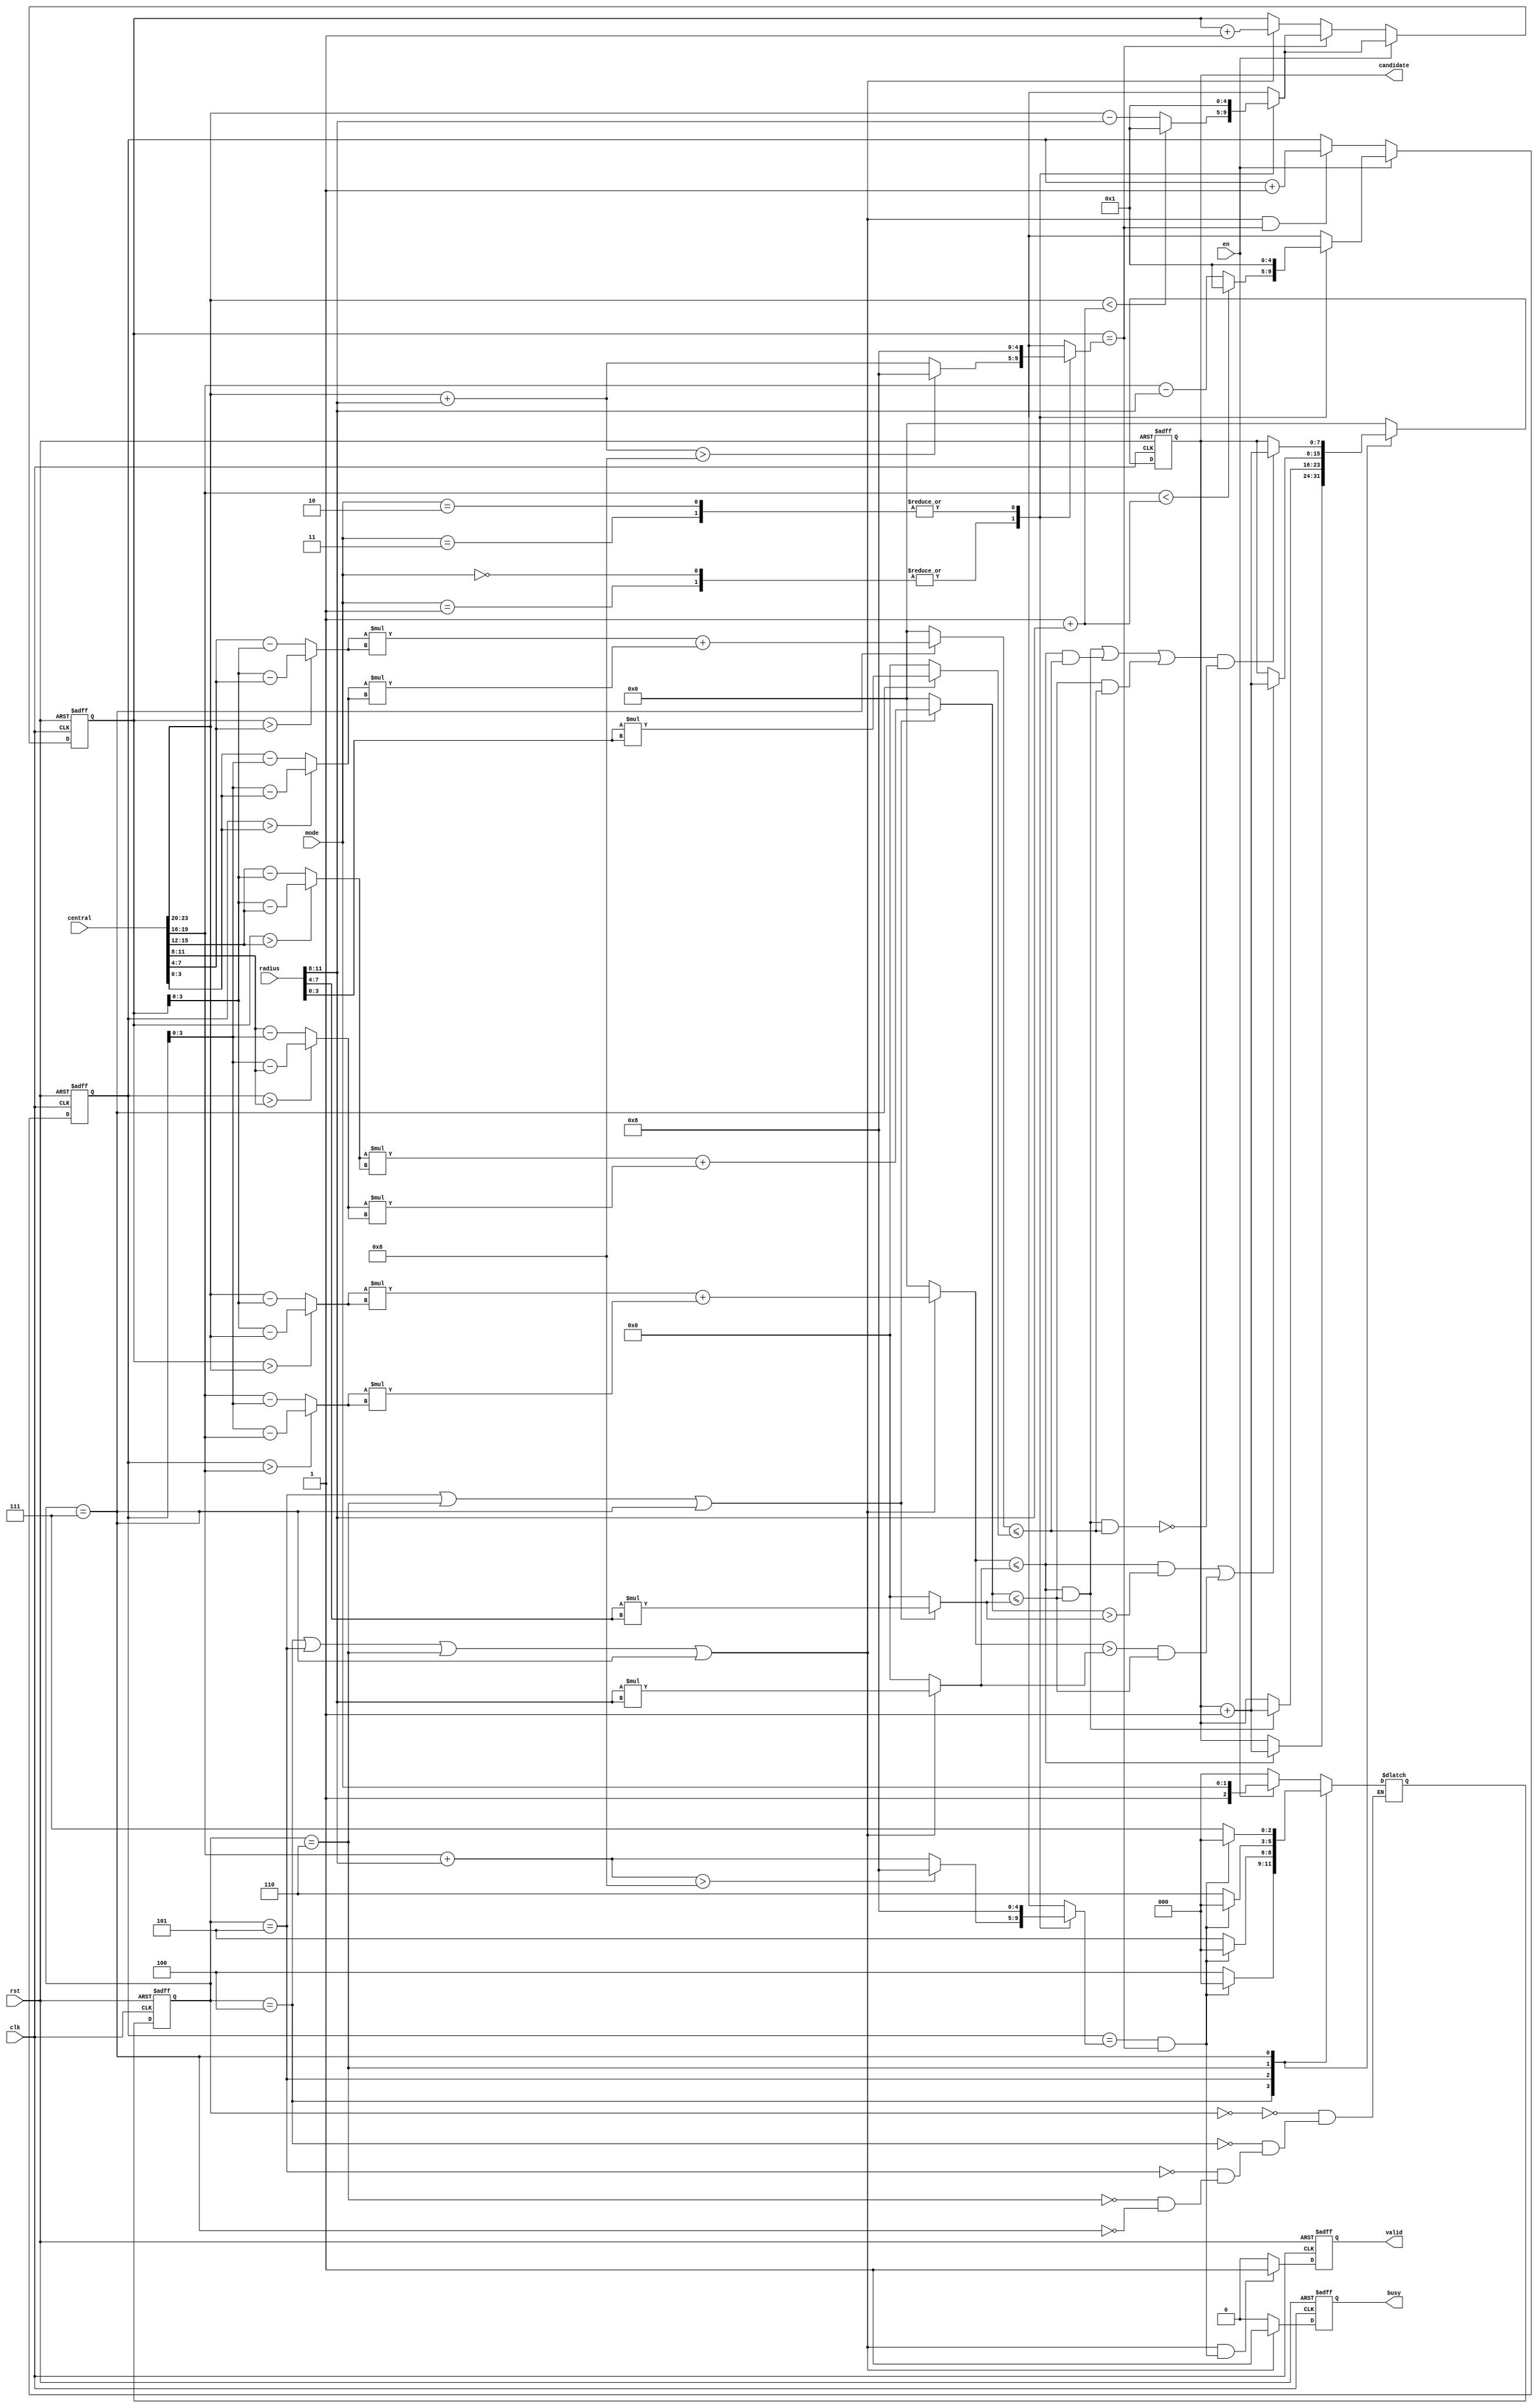
module SET ( clk , rst, en, central, radius, mode, busy, valid, candidate );

input clk, rst;
input en;
input [23:0] central;
input [11:0] radius;
input [1:0] mode;
output reg busy;
output reg valid;
output reg[7:0] candidate;

parameter idle=3'b000,
		  work0=3'b100,
		  work1=3'b101,
		  work2=3'b110,
		  work3=3'b111;
		  
		  
reg [2:0] cur_st,nxt_st;
reg [5:0] r1_sq,r2_sq,r3_sq;
reg [3:0] r1,r2,r3;
reg [3:0] x1c,x2c,x3c,y1c,y2c,y3c; //CENTER
reg [3:0] a1_dx,a1_dy,a2_dx,a2_dy,a3_dx,a3_dy; 
reg [7:0] a1,a2,a3;
reg [4:0] dlx,dly,uly,drx,movx,movy;

always@(posedge clk or posedge rst)
	if(rst)
		cur_st<=idle;
	else 
		cur_st<=nxt_st;
	
always@(posedge clk or posedge rst)
 begin
    if(rst)
		valid<=0;
    else if((cur_st==work0||cur_st==work1||cur_st==work2||cur_st==work3)&&(movy==uly&&movx==drx))            
		valid<=1;
	else
		valid<=0;
 end
 
always@(*)
	case(cur_st)
		idle:nxt_st=(en)?{1'b1,mode}:idle;
		work0:nxt_st=(movy==uly&&movx==drx)?idle:work0;
		work1:nxt_st=(movy==uly&&movx==drx)?idle:work1;
		work2:nxt_st=(movy==uly&&movx==drx)?idle:work2;
		work3:nxt_st=(movy==uly&&movx==drx)?idle:work3;
	endcase

always@(posedge clk or posedge rst)
	begin
	if(rst)
		busy<=0;
	else if(cur_st==work0||cur_st==work1||cur_st==work2||cur_st==work3)
		busy<=1;
	else 
		busy<=0;
	end


	
	
always@(*)
begin
	x1c<=central[23:20];
	y1c<=central[19:16];	
end

always@(*)
begin
	r1<=radius[11:8];
end

always@(*)
begin
	x2c<=central[15:12];
	y2c<=central[11:8];
end

always@(*)
begin
	r2<=radius[7:4];
end

always@(*)
begin
	x3c<=central[7:4];
	y3c<=central[3:0];
		
end

always@(*)
begin
	r3<=radius[3:0];
end		
		
always@(*)
begin
	case (mode)
	2'b00,2'b01:
		if(x1c<(5'd1+r1)) 
			dlx=5'd1;
		else 
		dlx=x1c-r1;	
	2'b10,2'b11:
		dlx=5'd1;
	default:dlx=5'd1;
	endcase
end
		
always@(*)
begin
	case(mode)
	2'b00,2'b01:
		if(x1c+r1>5'd8)
			drx=5'd8;		
		else 
		drx=x1c+r1;
	2'b10,2'b11:
		drx=5'd8;
	default:drx=1;
	endcase
end
	
always@(*)
begin
	case(mode)
	2'b00,2'b01:
		if(y1c<(5'd1+r1)) 
			dly=5'd1;
		else
		dly=y1c-r1;	
	2'b10,2'b11:
		dly=5'd1;
	default:dly=5'd1;
	endcase
end
		
always@(*)
begin
	case(mode)
	2'b00,2'b01:
		if(y1c+r1>5'd8)
			uly=5'd8; 
		else 
		uly=y1c+r1; 
	2'b10,2'b11:
		uly=5'd8; 
	default:uly=5'd1;
	endcase
end
	
always@(posedge clk or posedge rst)
begin
	if(rst)
		movx<=0;
	else if	(en)
		movx<=dlx;
	else if(movx==drx)
		movx<=dlx;
	else if(cur_st==work0||cur_st==work1||cur_st==work2||cur_st==work3)
		movx<=movx+1;
end
	
always@(posedge clk or posedge rst)
begin
	if(rst)
		movy<=0;
	else if	(en)
		movy<=dly;		
	else if((cur_st==work0||cur_st==work1||cur_st==work2||cur_st==work3)&&movx==drx)
		movy<=movy+1;
end		

always@(*)
begin
	a1_dx=(movx>x1c)?movx-x1c:x1c-movx;
end

always@(*)
begin
	a1_dy=(movy>y1c)?movy-y1c:y1c-movy;
end

always@(*)
begin
	a2_dx=(movx>x2c)?movx-x2c:x2c-movx;
end

always@(*)
begin
	a2_dy=(movy>y2c)?movy-y2c:y2c-movy;
end	

always@(*)
begin
	a3_dx=(movx>x3c)?movx-x3c:x3c-movx;
end

always@(*)
begin
	a3_dy=(movy>y3c)?movy-y3c:y3c-movy;
end

always@(*)
begin
	if(cur_st==work0||cur_st==work1||cur_st==work2||cur_st==work3)
		a1=a1_dx*a1_dx+a1_dy*a1_dy;
	else a1=0;
end


always@(*)
begin
	if(cur_st==work1||cur_st==work2||cur_st==work3)
		a2=a2_dx*a2_dx+a2_dy*a2_dy;
	else a2=0;
end


always@(*)
begin
	if(cur_st==work3)
		a3=a3_dx*a3_dx+a3_dy*a3_dy;
	else a3=0;
end	


always@(*)
begin
	if(cur_st==work0||cur_st==work1||cur_st==work2||cur_st==work3)
		r1_sq=r1*r1;
	else r1_sq=0;
end

always@(*)
begin
	if(cur_st==work1||cur_st==work2||cur_st==work3)
		r2_sq=r2*r2;
	else r2_sq=0;
end

always@(*)
begin
	if(cur_st==work3)
		r3_sq=r3*r3;
	else r3_sq=0;
end


always@(posedge clk or posedge rst)
	begin
	if(rst)
		candidate<=0;
	else
	case(cur_st)
	work0:if(a1<=r1_sq)
			candidate<=candidate+1;
	work1:if(a1<=r1_sq&&a2<=r2_sq)
			candidate<=candidate+1;
	work2:if((a1<=r1_sq&&a2>r2_sq)||(a1>r1_sq&&a2<=r2_sq))
			candidate<=candidate+1;
	work3:if(((a1<=r1_sq&&a2<=r2_sq)||(a1<=r1_sq&&a3<=r3_sq)||(a2<=r2_sq&&a3<=r3_sq))&&(~((a1<=r1_sq)&&(a2<=r2_sq)&&(a3<=r3_sq))))
			candidate<=candidate+1;
	default:candidate<=0;
	endcase
	
	
	
	end
		  

endmodule